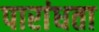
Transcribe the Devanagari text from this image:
पारांधता